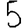
Digit: 5